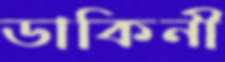
ডাকিনী